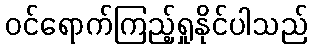
ဝင်ရောက်ကြည့်ရှုနိုင်ပါသည်